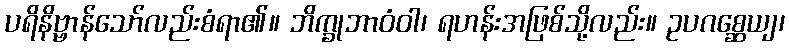
ပရိနိဗ္ဗာန်သော်လည်းစံရာ၏။ ဘိက္ခုဘာဝံဝါ၊ ရဟန်းအဖြစ်သို့လည်း။ ဥပဂစ္ဆေယျ၊